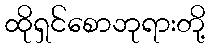
ထိုရှင်စောဘုရားတို့